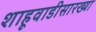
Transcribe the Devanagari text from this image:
शाहूवाडीसारख्या